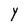
Character: Y